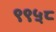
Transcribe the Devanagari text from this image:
९९५८